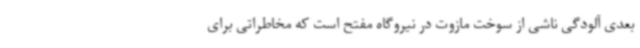
بعدی آلودگی ناشی از سوخت مازوت در نیروگاه مفتح است که مخاطراتی برای